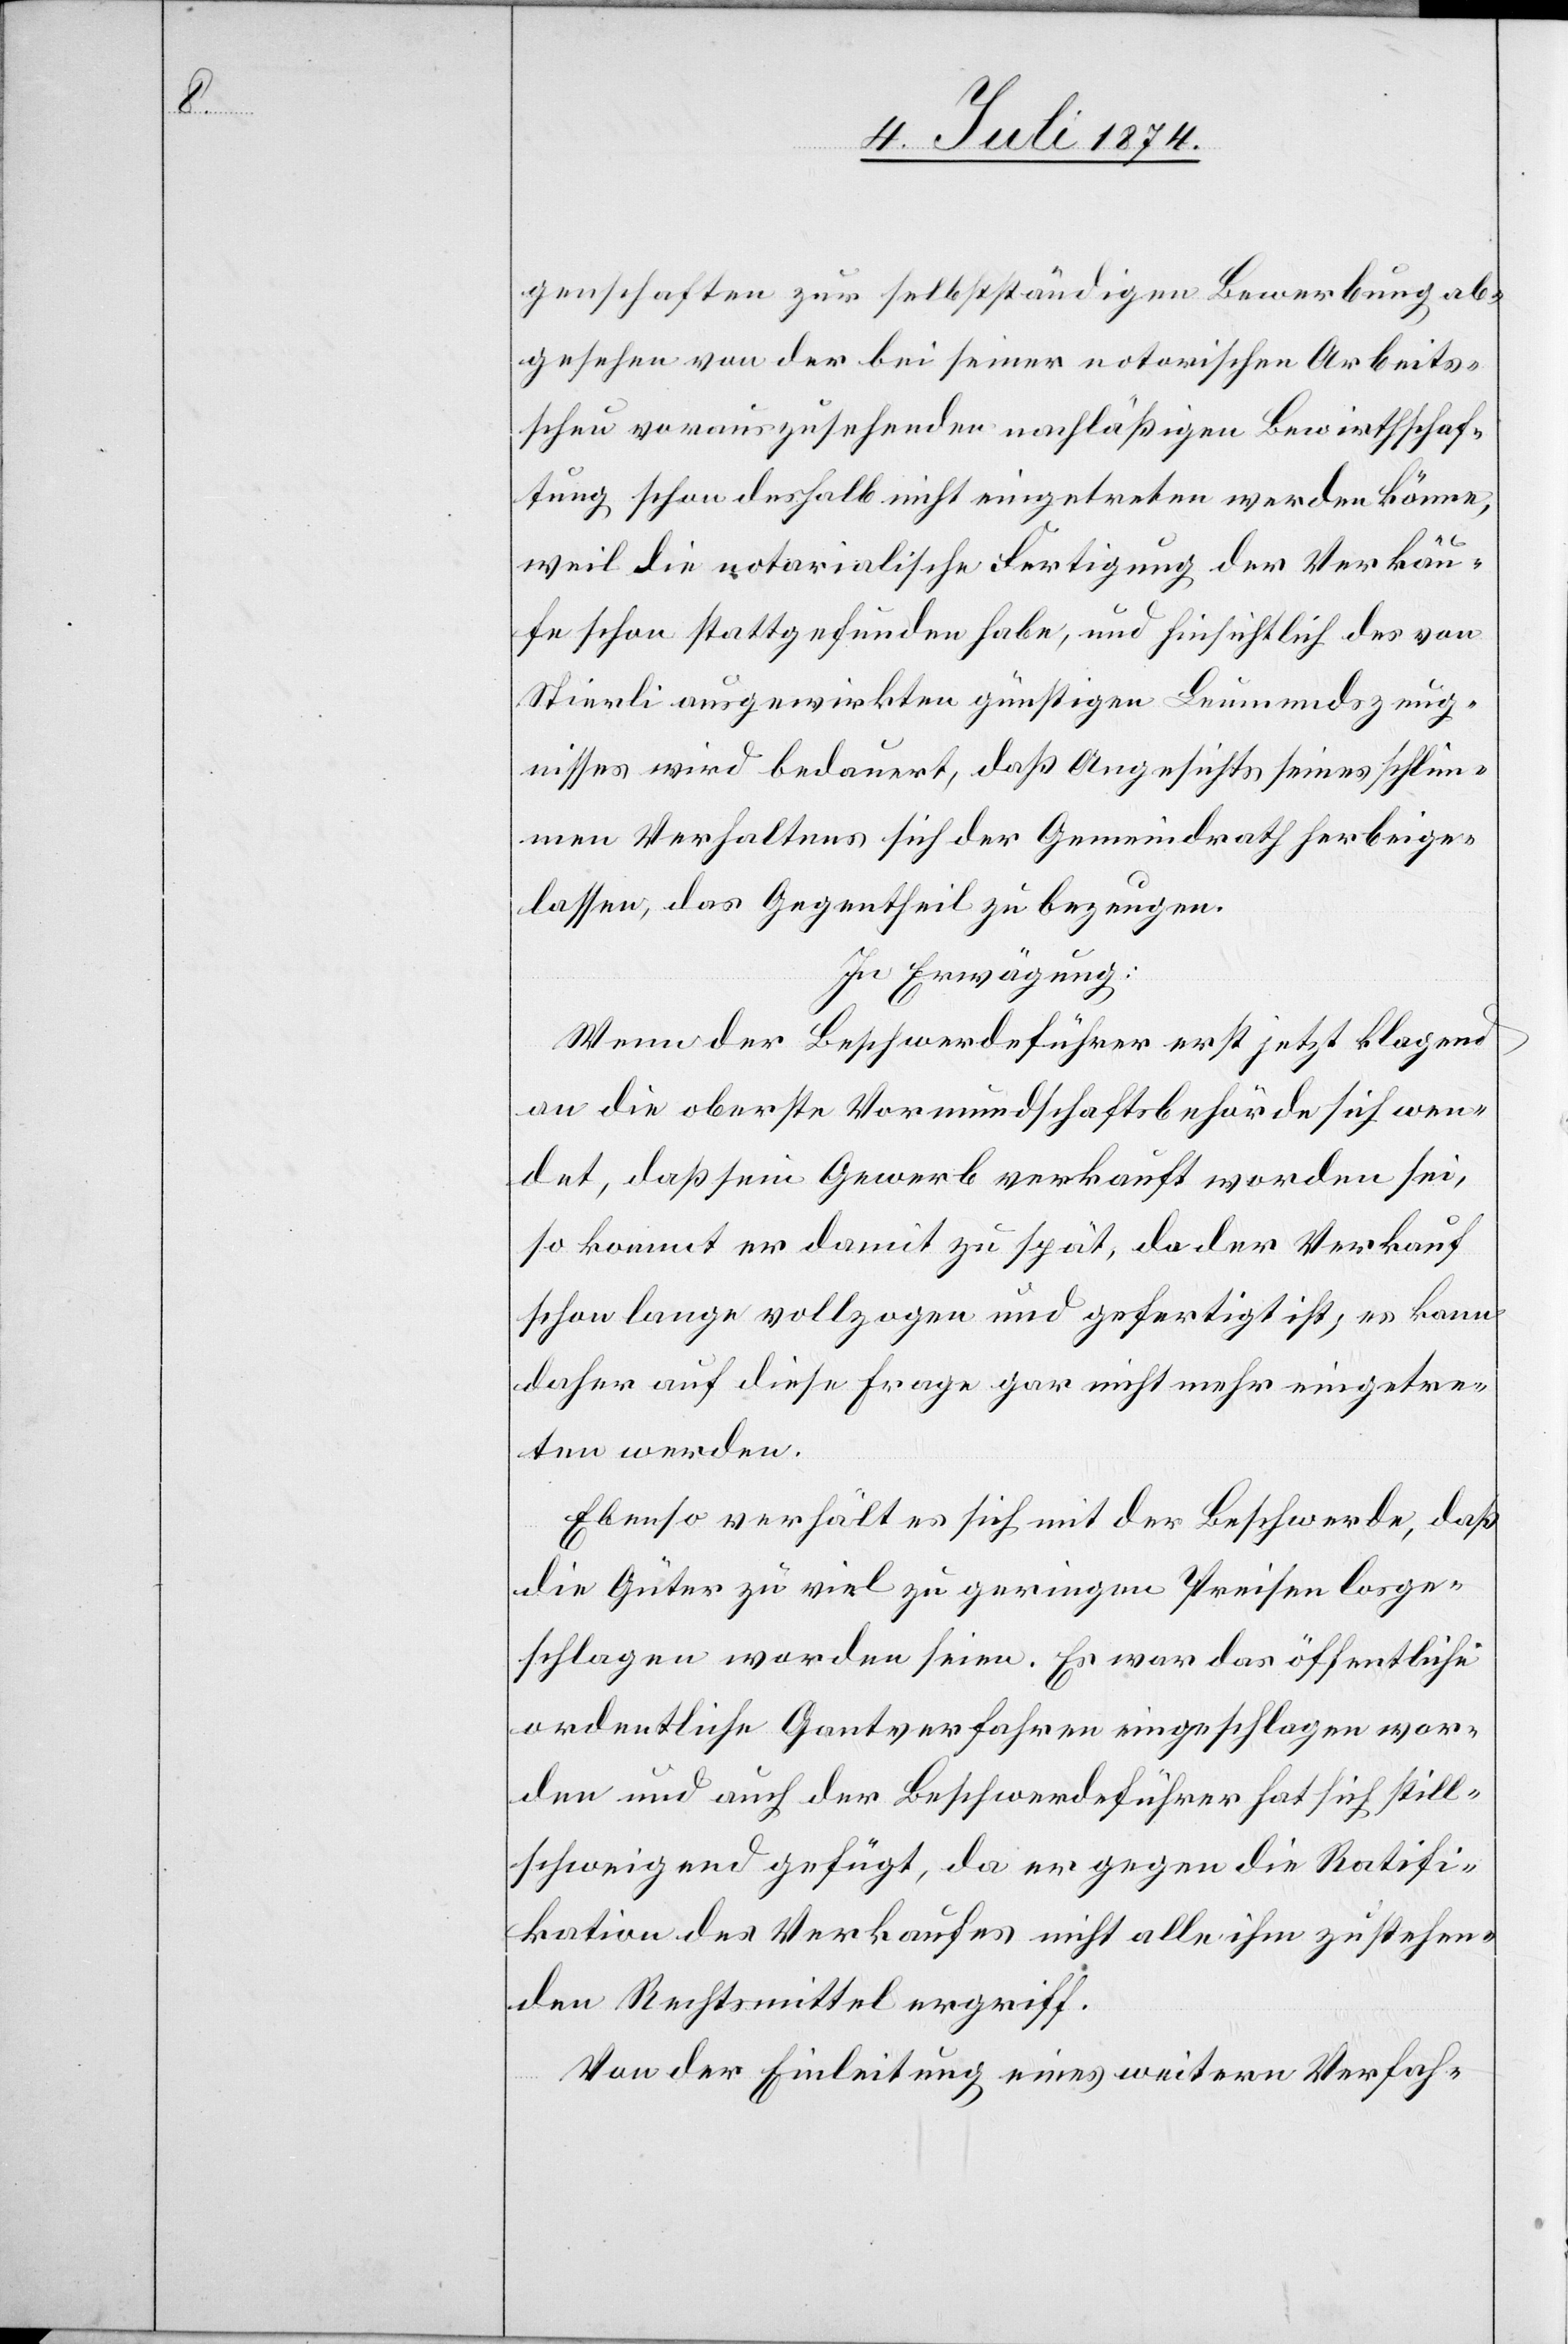
genschaften zur selbstständigen Bewerbung ab¬
gesehen von der bei seiner notorischen Arbeits¬
scheu vorauszusehenden nachläßigen Bewirthschaf¬
tung schon deshalb nicht eingetreten werden könne,
weil die notarialische Fertigung der Verkäu¬
fe schon stattgefunden habe, und hinsichtlich des von
Stierli ausgewirkten günstigen Leumundszeug¬
nisses wird bedauert, daß Angesichts seines schlim¬
men Verhaltens sich der Gemeindrath herbeige¬
lassen, das Gegentheil zu bezeugen.
In Erwägung:
Wenn der Beschwerdeführer erst jetzt klagend
an die oberste Vormundschaftsbehörde sich wen¬
det, daß sein Gewerb verkauft worden sei,
so kommt er damit zu spät, da der Verkauf
schon lange vollzogen und gefertigt ist; es kann
daher auf diese Frage gar nicht mehr eingetre¬
ten werden.
Ebenso verhält es sich mit der Beschwerde, daß
die Güter zu viel zu geringen Preisen losge¬
schlagen worden seien. Es war das öffentliche
ordentliche Gantverfahren eingeschlagen wor¬
den und auch der Beschwerdeführer hat sich still¬
schweigend gefügt, da er gegen die Ratifi¬
kation des Verkaufes nicht alle ihm zustehen¬
den Rechtsmittel ergriff.
Von der Einleitung eines weitern Verfah-